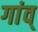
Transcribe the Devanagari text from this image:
गांव्